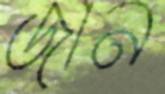
জান